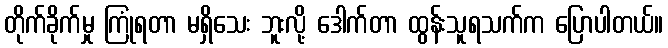
တိုက်ခိုက်မှု ကြုံရတာ မရှိသေး ဘူးလို့ ဒေါက်တာ ထွန်းသူရသက်က ပြောပါတယ်။